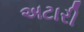
અટારી